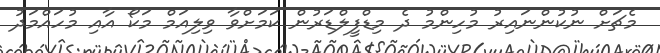
މެޗަށް ނުކުންނައިރު މުހިންމު ދެ މިޑްފީލްޑަރުން ކަމަށްވާ ވިލިއަމް މަކޯ އާއި މުހައްމަދު